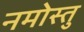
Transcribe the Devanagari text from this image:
नमोस्तु